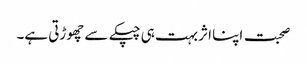
صحبت اپنا اثر بہت ہی چپکے سے چھوڑتی ہے۔